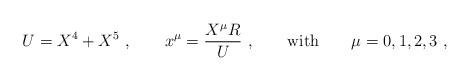
LaTeX: \begin{align*}U = X^4 + X^5\ , \qquad x^\mu = \frac{X^\mu R}{U}\ ,\qquad\mbox{with}\qquad \mu = 0,1,2,3\ ,\end{align*}